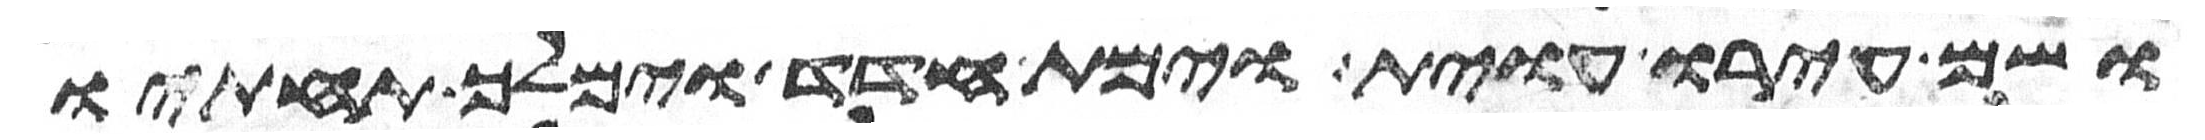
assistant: ושם עירו עוית וימת הדד וימלך תחתיו